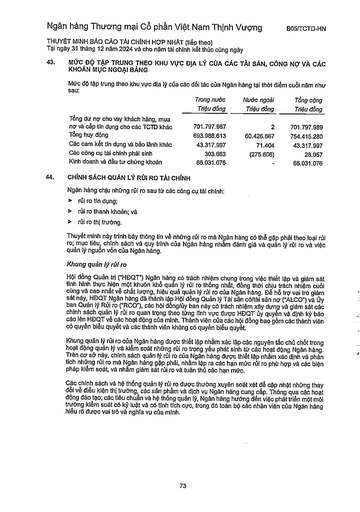
||Trong nước Triệu đồng|Nước ngoài Triệu đồng|Tổng cộng Triệu đồng| |---|---|---|---| |Tổng dư nợ cho vay khách hàng, mua nợ và cấp tín dụng cho các TCTD khác|701.797.987|2|701.797.989| |Tổng huy động|693.988.613|60.426.667|754.415.280| |Các cam kết tín dụng và bảo lãnh khác|43.317.997|71,404|43.317.997| |Các công cụ tài chính phái sinh|303.663|(275.606)|28.057| |Kinh doanh và đầu tư chứng khoán|66.031.076||66.031.076|